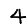
Digit: 4